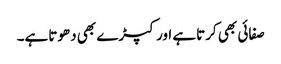
صفائی بھی کرتاہے اور کپڑے بھی دھوتاہے۔